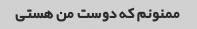
ممنونم که دوست من هستی